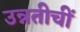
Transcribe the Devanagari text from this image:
उन्नतीचीं